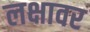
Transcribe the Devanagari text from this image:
लक्षावर